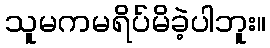
သူမကမရိပ်မိခဲ့ပါဘူး။